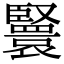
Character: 𦣴